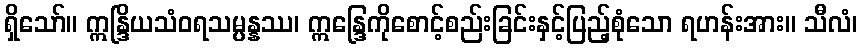
ရှိသော်။ ဣန္ဒြိယသံဝရသမ္ပန္နဿ၊ ဣန္ဒြေကိုစောင့်စည်းခြင်းနှင့်ပြည့်စုံသော ရဟန်းအား။ သီလံ၊